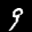
Label: 9